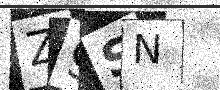
Text: Z9SN